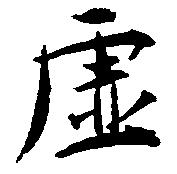
虚